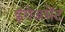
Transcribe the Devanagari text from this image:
इंगेजमेंट